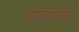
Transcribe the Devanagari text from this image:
पडण्याचें